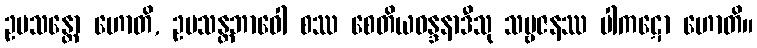
ဥပသန္တော ဟောတိ, ဥပသန္တဘာဝေါ စဿ စေတိယဝန္ဒနာဒီသု သဗ္ဗဇနဿ ပါကဋော ဟောတိ။